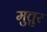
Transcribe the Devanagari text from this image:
मुत्तुर